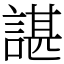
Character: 諶